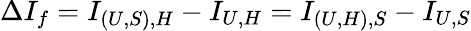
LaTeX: \Delta I_{f}=I_{(U,S),H}-I_{U,H}=I_{(U,H),S}-I_{U,S}